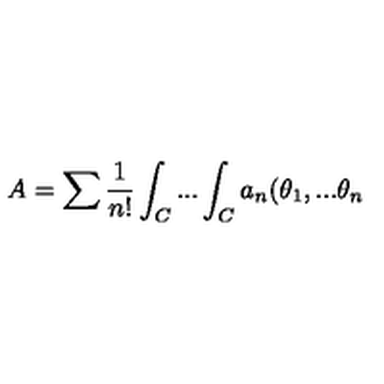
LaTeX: A = \sum \frac { 1 } { n ! } \int _ { C } . . . \int _ { C } a _ { n } ( \theta _ { 1 } , . . . \theta _ { n }